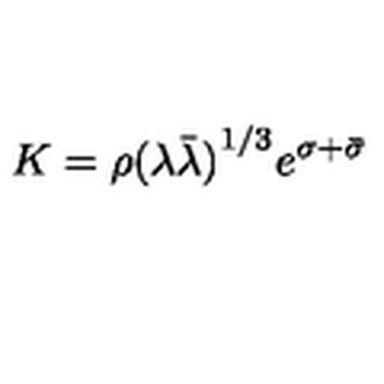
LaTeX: K = \rho { ( \lambda \bar { \lambda } ) } ^ { 1 / 3 } e ^ { \sigma + \bar { \sigma } }